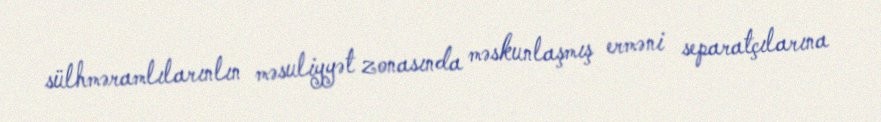
sülhməramlılarınlın məsuliyyət zonasında məskunlaşmış erməni separatçılarına